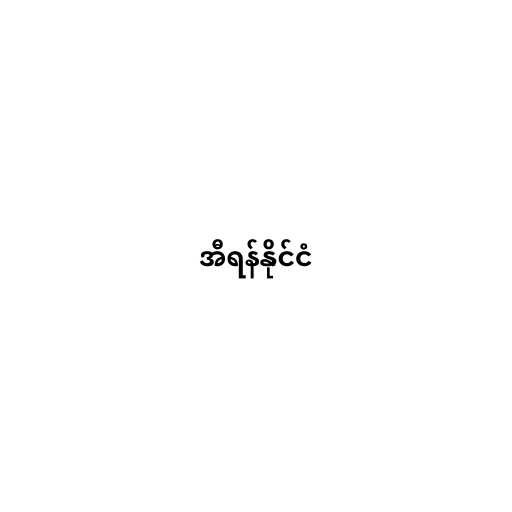
အီရန်နိုင်ငံ